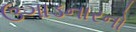
ઉગાડનારનો